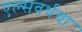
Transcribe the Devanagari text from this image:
एल्सवर्थचा